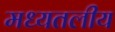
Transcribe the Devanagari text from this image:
मध्यतलीय